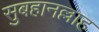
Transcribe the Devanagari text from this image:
सुबहानल्लाह